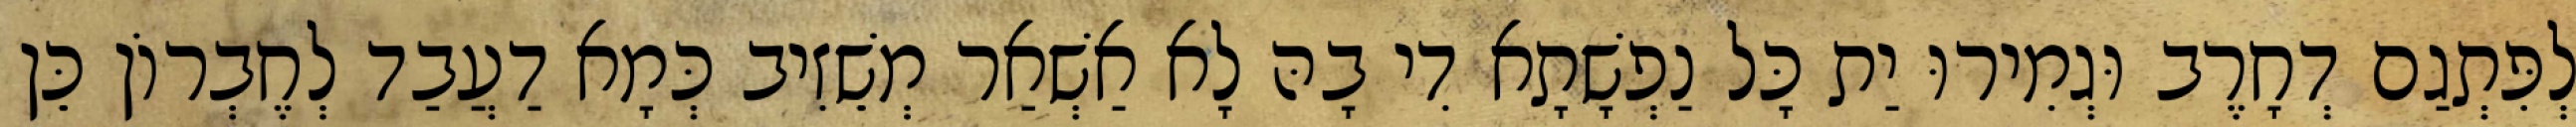
לְפִּתְגַם דְחָרֶב וּגְמִירוּ יַת כָּל נַפְשָׁתָא דִי בָהּ לָא אַשְׁאַר מְשֵׁזִיב כְּמָא דַעֲבַד לְחֶבְרוֹן כֵּן